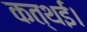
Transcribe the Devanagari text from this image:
कत्थई।